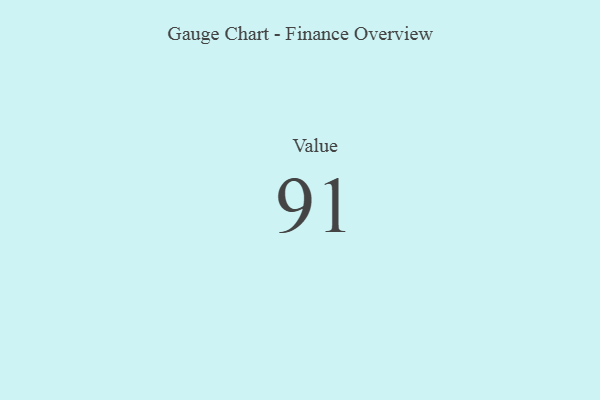
{"axis": {"x": "Metric", "y": "Value"}, "legend": [""], "data": [{"x": "Value", "y": 91, "type": ""}]}